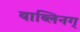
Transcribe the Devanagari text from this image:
बाब्लिनग्